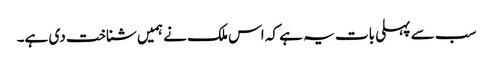
سب سے پہلی بات یہ ہے کہ اس ملک نے ہمیں شناخت دی ہے۔